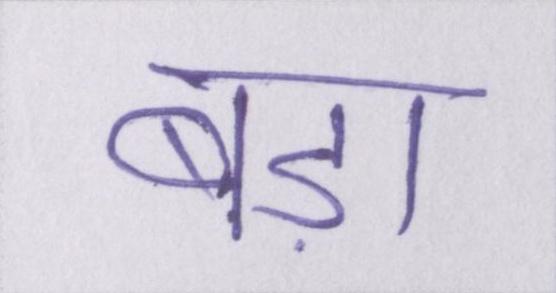
बड़ा